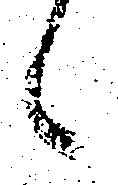
候